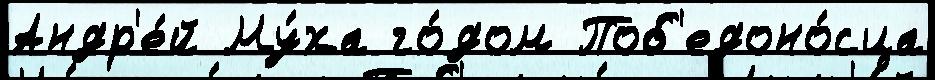
Андр'е́й Му́ха го́дом Поб'едоно́сца